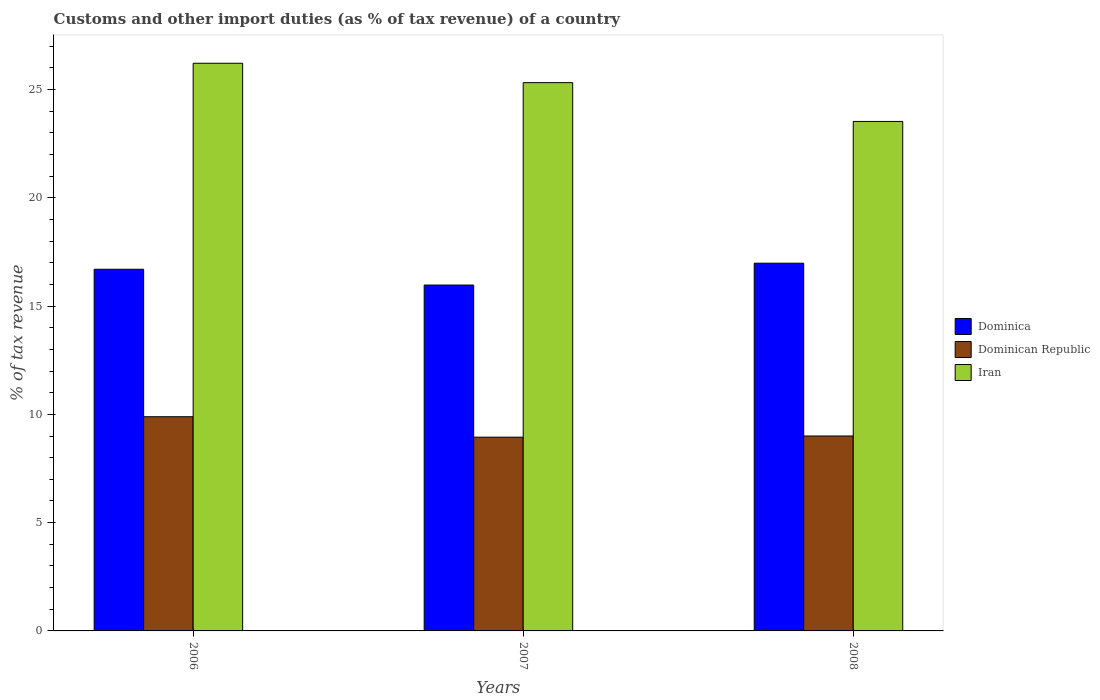
| Years | Dominica | Dominican Republic | Iran |
 | --- | --- | --- | --- |
 | 2006 | 16.7 | 9.89 | 26.2 |
 | 2007 | 16 | 8.95 | 25.3 |
 | 2008 | 17 | 9 | 23.5 |